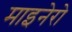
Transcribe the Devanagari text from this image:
माइनेरो